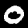
Label: 0